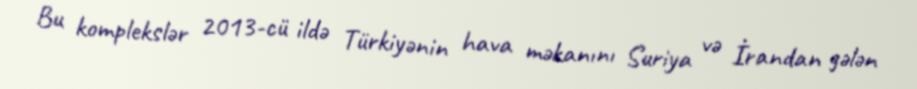
Bu komplekslər 2013-cü ildə Türkiyənin hava məkanını Suriya və İrandan gələn